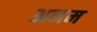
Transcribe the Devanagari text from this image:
अनम